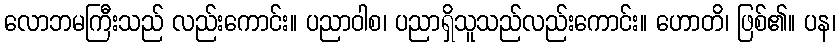
လောဘမကြီးသည် လည်းကောင်း။ ပညာဝါစ၊ ပညာရှိသူသည်လည်းကောင်း။ ဟောတိ၊ ဖြစ်၏။ ပန၊